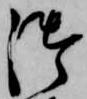
御